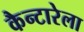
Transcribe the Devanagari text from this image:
कैन्टारेला